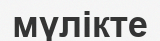
мүлікте